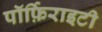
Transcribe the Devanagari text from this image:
पॉर्फ़िराइटी